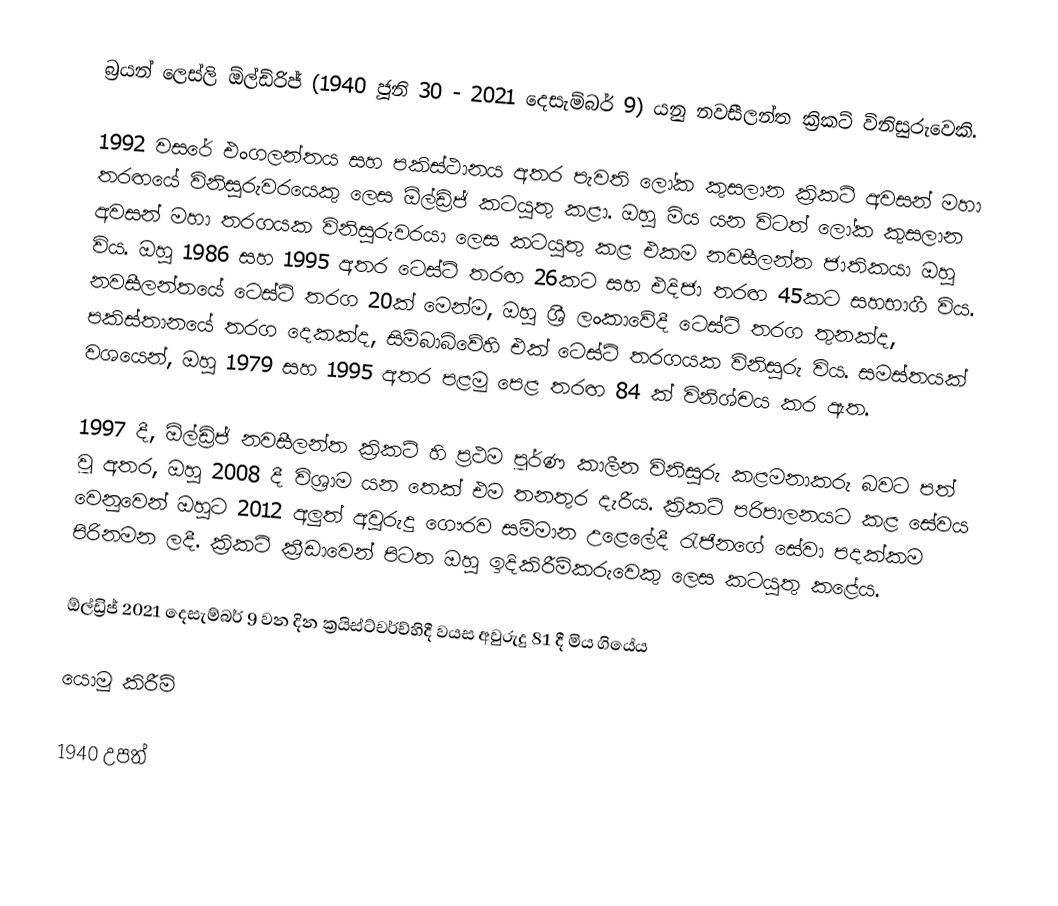
බ්‍රයන් ලෙස්ලි ඕල්ඩ්රිජ්  (1940 ජූනි 30 - 2021 දෙසැම්බර් 9) යනු නවසීලන්ත ක්‍රිකට් විනිසුරුවෙකි.

1992 වසරේ එංගලන්තය සහ පකිස්ථානය අතර පැවති ලෝක කුසලාන ක්‍රිකට් අවසන් මහා තරඟයේ විනිසුරුවරයෙකු ලෙස ඕල්ඩ්‍රිජ් කටයුතු කළා. ඔහු මිය යන විටත් ලෝක කුසලාන අවසන් මහා තරගයක විනිසුරුවරයා ලෙස කටයුතු කළ එකම නවසීලන්ත ජාතිකයා ඔහු විය. ඔහු 1986 සහ 1995 අතර ටෙස්ට් තරඟ 26කට සහ එදිජා තරඟ 45කට සහභාගී විය. නවසීලන්තයේ ටෙස්ට් තරග 20ක් මෙන්ම, ඔහු ශ්‍රී ලංකාවේදී ටෙස්ට් තරග තුනක්ද, පකිස්තානයේ තරග දෙකක්ද, සිම්බාබ්වේහි එක් ටෙස්ට් තරගයක විනිසුරු විය. සමස්තයක් වශයෙන්, ඔහු 1979 සහ 1995 අතර පළමු පෙළ තරඟ 84 ක් විනිශ්චය කර ඇත.

1997 දී, ඕල්ඩ්‍රිජ් නවසීලන්ත ක්‍රිකට් හි ප්‍රථම පූර්ණ කාලීන විනිසුරු කළමනාකරු බවට පත් වූ අතර, ඔහු 2008 දී විශ්‍රාම යන තෙක් එම තනතුර දැරීය. ක්‍රිකට් පරිපාලනයට කළ සේවය වෙනුවෙන් ඔහුට 2012 අලුත් අවුරුදු ගෞරව සම්මාන උළෙලේදී රැජිනගේ සේවා පදක්කම පිරිනමන ලදී. ක්‍රිකට් ක්‍රීඩාවෙන් පිටත ඔහු ඉදිකිරීම්කරුවෙකු ලෙස කටයුතු කළේය.

ඕල්ඩ්‍රිජ් 2021 දෙසැම්බර් 9 වන දින ක්‍රයිස්ට්චර්ච්හිදී වයස අවුරුදු 81 දී මිය ගියේය

යොමු කිරීම්

1940 උපත්